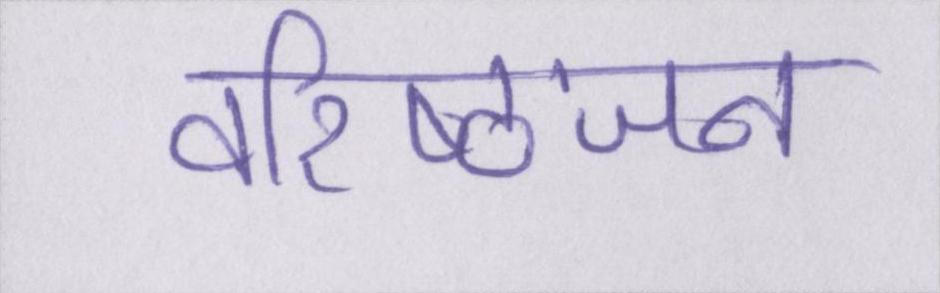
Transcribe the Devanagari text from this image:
वरिष्ठजन